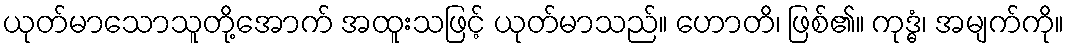
ယုတ်မာသောသူတို့အောက် အထူးသဖြင့် ယုတ်မာသည်။ ဟောတိ၊ ဖြစ်၏။ ကုဒ္ဓံ၊ အမျက်ကို။